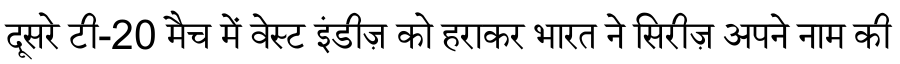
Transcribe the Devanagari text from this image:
दूसरे टी-20 मैच में वेस्ट इंडीज़ को हराकर भारत ने सिरीज़ अपने नाम की